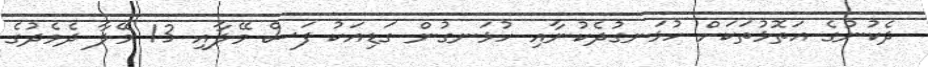
ދެކުނުގެ އަތޮޅުތަކަށް ހުޅަނގުދެކުނާއި ހުޅަނގުން ގަޑިއަކު ފަސް މޭލާއި 13 މޭލާ ދެމެދުގެ